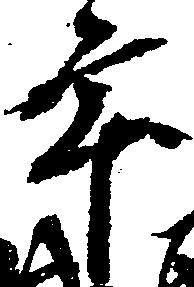
年